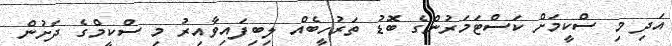
އަދި މި ސްކީމަށް ކަސްޓަމަރުންގެ ބޮޑު ތަރުހީބެއް ލިބިފައިވާއިރު މި ސްކީމްގެ ދަށުން